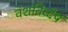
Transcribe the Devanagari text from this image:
वंशविव्देष